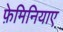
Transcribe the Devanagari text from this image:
फ़ेमिनियाए